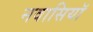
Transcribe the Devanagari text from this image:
नवासियाॅ